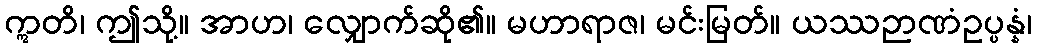
ဣတိ၊ ဤသို့။ အာဟ၊ လျှောက်ဆို၏။ မဟာရာဇ၊ မင်းမြတ်။ ယဿဉာဏံဥပ္ပန္နံ၊